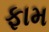
ફામ